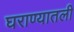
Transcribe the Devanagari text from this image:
घराण्यातली